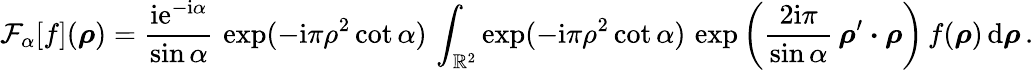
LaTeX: {\mathcal F}_{\alpha}[f](\boldsymbol\rho)={\frac{\mathrm{i}\mathrm{e}^{-\mathrm{i}\alpha}}{\sin\alpha}}\, \exp(-\mathrm{i}\pi\rho^{2}\cot\alpha)\, \int_{{\mathbb R}^{2}}\exp(-\mathrm{i}\pi\rho^{2}\cot\alpha)\, \exp\left({\frac{2\mathrm{i}\pi}{\sin\alpha}}\, \boldsymbol\rho^{\prime}\boldsymbol\cdot\boldsymbol\rho\right)\, f(\boldsymbol\rho)\, \mathrm{d}\boldsymbol\rho\, .